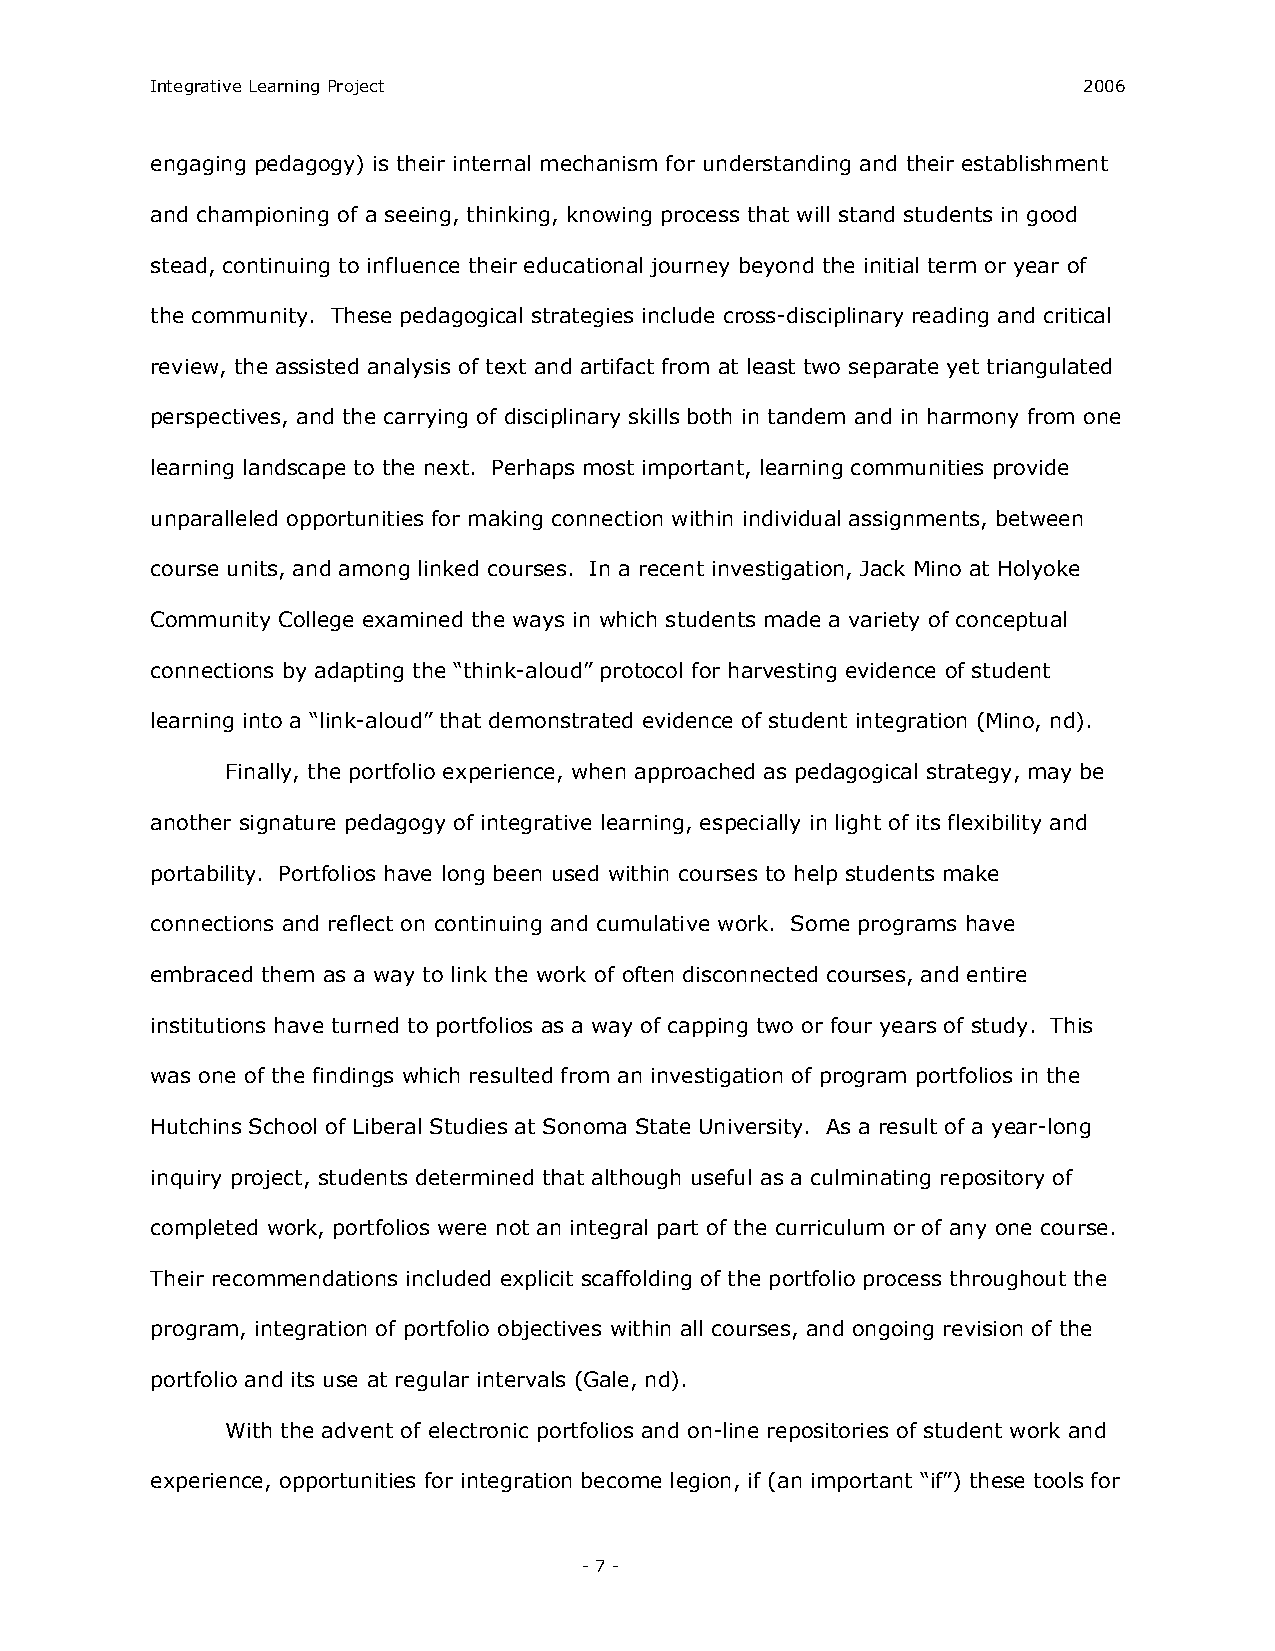
Integrative Learning Project                                  2006
 engaging pedagogy) is their internal mechanism for understanding and their establishment
 and championing of a seeing, thinking, knowing process that will stand students in good
 stead, continuing to influence their educational journey beyond the initial term or year of
 the community. These pedagogical strategies include cross­disciplinary reading and critical
 review, the assisted analysis of text and artifact from at least two separate yet triangulated
 perspectives, and the carrying of disciplinary skills both in tandem and in harmony from one
 learning landscape to the next. Perhaps most important, learning communities provide
 unparalleled opportunities for making connection within individual assignments, between
 course units, and among linked courses. In a recent investigation, Jack Mino at Holyoke
 Community College examined the ways in which students made a variety of conceptual
 connections by adapting the “think­aloud” protocol for harvesting evidence of student
 learning into a “link­aloud” that demonstrated evidence of student integration (Mino, nd).
 Finally, the portfolio experience, when approached as pedagogical strategy, may be
 another signature pedagogy of integrative learning, especially in light of its flexibility and
 portability. Portfolios have long been used within courses to help students make
 connections and reflect on continuing and cumulative work. Some programs have
 embraced them as a way to link the work of often disconnected courses, and entire
 institutions have turned to portfolios as a way of capping two or four years of study. This
 was one of the findings which resulted from an investigation of program portfolios in the
 Hutchins School of Liberal Studies at Sonoma State University. As a result of a year­long
 inquiry project, students determined that although useful as a culminating repository of
 completed work, portfolios were not an integral part of the curriculum or of any one course.
 Their recommendations included explicit scaffolding of the portfolio process throughout the
 program, integration of portfolio objectives within all courses, and ongoing revision of the
 portfolio and its use at regular intervals (Gale, nd).
 With the advent of electronic portfolios and on­line repositories of student work and
 experience, opportunities for integration become legion, if (an important “if”) these tools for
 ­ 7 ­